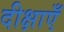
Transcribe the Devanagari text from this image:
दीक्षाएँ